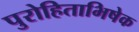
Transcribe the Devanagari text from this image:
पुरोहिताभिषेक